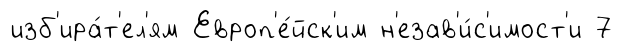
изб'ира́т'ел'ям Европ'е́йск'им н'езав'и́с'имост'и 7